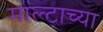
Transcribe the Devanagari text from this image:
माल्टाच्या